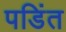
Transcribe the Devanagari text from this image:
पडिंत